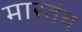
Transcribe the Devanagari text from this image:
मारतंय